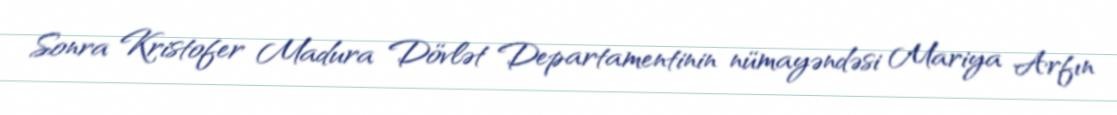
Sonra Kristofer Madura Dövlət Departamentinin nümayəndəsi Mariya Arfın